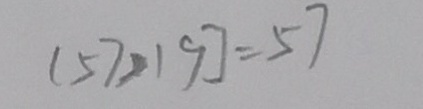
[ 5 7 > 1 9 ] = 5 7